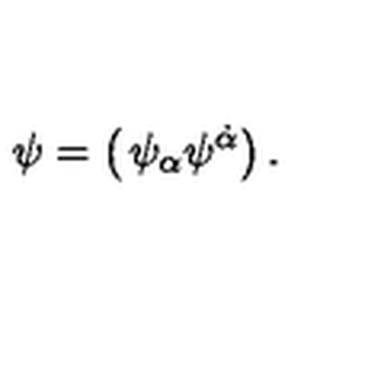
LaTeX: \psi = \left( \begin{matrix} { \psi _ { \alpha } } \\ { \psi ^ { \dot { \alpha } } } \\ \end{matrix} \right) .